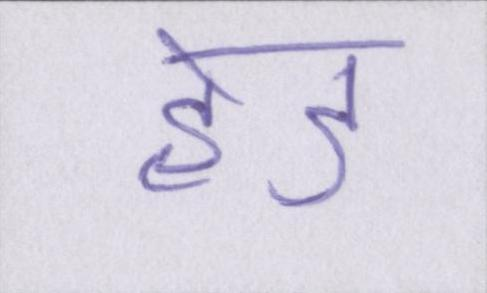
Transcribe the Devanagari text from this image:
हेड